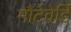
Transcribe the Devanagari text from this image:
मौटेवेर्डि